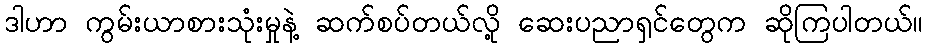
ဒါဟာ ကွမ်းယာစားသုံးမှုနဲ့ ဆက်စပ်တယ်လို့ ဆေးပညာရှင်တွေက ဆိုကြပါတယ်။